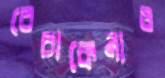
বেচাকেনাও